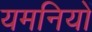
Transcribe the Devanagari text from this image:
यमनियों